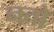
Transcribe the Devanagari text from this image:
नतो